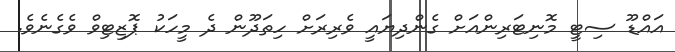
އައްޑޫ ސިޓީ މޮނިޓަރިންއަށް ގެންދިޔައީ ވެރިރަށް ހިތަދޫން ދެ މީހަކު ޕޮޒިޓިވް ވެގެނެވެ.